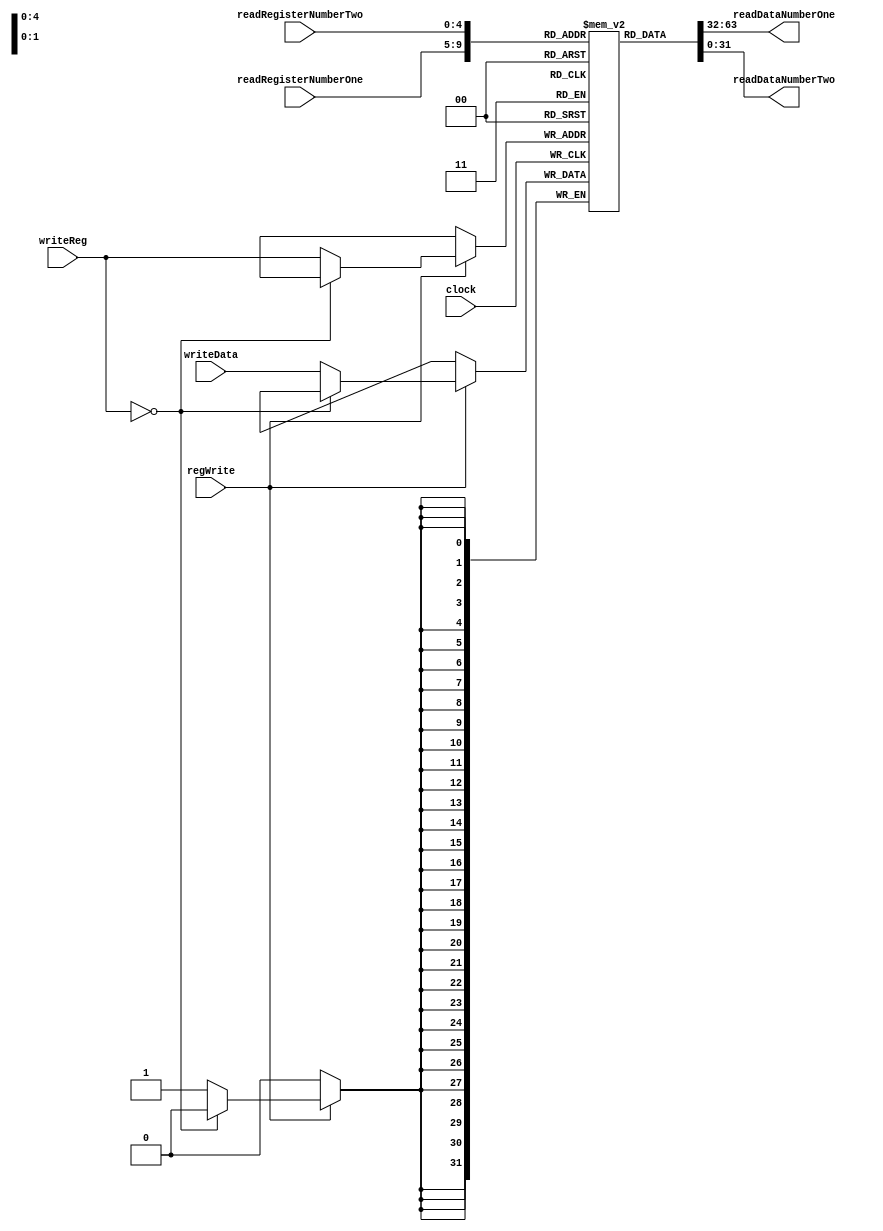
`timescale 1ns / 1ps

module RegisterFile(clock, regWrite, writeReg, writeData, readRegisterNumberOne, readRegisterNumberTwo, readDataNumberOne, readDataNumberTwo);

	
	input clock;
	input regWrite;
	
	input [4:0]  writeReg;
	input [31:0] writeData;
	
	input [4:0] readRegisterNumberOne;
	output [31:0] readDataNumberOne;
	
	input [4:0] readRegisterNumberTwo;
	output [31:0] readDataNumberTwo;
	
	reg [31:0] registerFile [31:0];
							
	integer i;
	
	initial begin 
		for(i = 0; i < 32; i = i + 1)
			registerFile[i] = i;
	end
		
	initial registerFile[0] = 0; 					//zeroRegister = 0
	
	assign readDataNumberOne = registerFile[readRegisterNumberOne];
	assign readDataNumberTwo = registerFile[readRegisterNumberTwo];
		
		
	always @(posedge clock)						//write data 
		begin
			if (regWrite == 1)
				begin
				
				if (writeReg == 0) 												//zeroRegister Can not assign value
					$display("Can not change zero register");
				else
					registerFile[writeReg] = writeData;
					
				end		
		end

endmodule